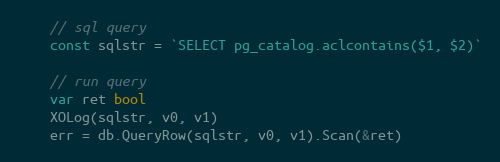
Language: Go
	// sql query
	const sqlstr = `SELECT pg_catalog.aclcontains($1, $2)`

	// run query
	var ret bool
	XOLog(sqlstr, v0, v1)
	err = db.QueryRow(sqlstr, v0, v1).Scan(&ret)